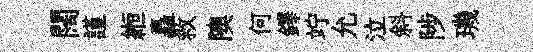
闊謹縆矗救隩何鐸竚允泣斜陟璣